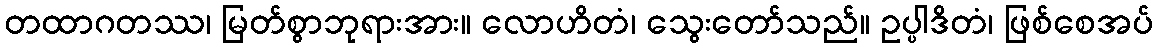
တထာဂတဿ၊ မြတ်စွာဘုရားအား။ လောဟိတံ၊ သွေးတော်သည်။ ဥပ္ပါဒိတံ၊ ဖြစ်စေအပ်